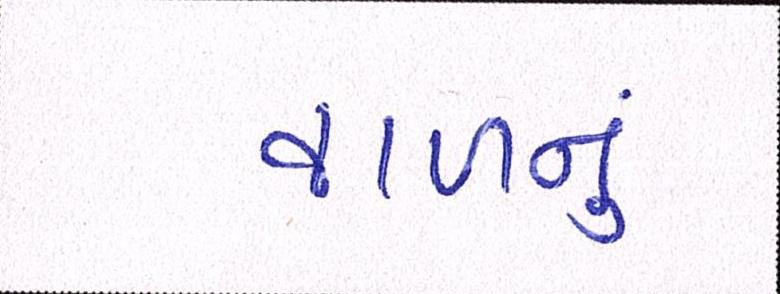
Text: વાળનું